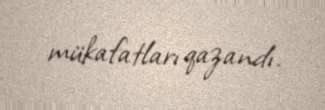
mükafatları qazandı.